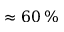
\approx 6 0 \, \%